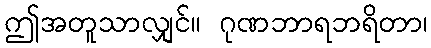
ဤအတူသာလျှင်။ ဂုဏဘာရဘရိတာ၊